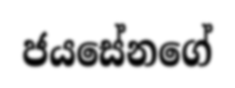
ජයසේනගේ